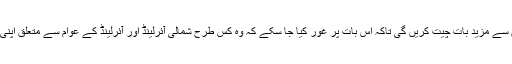
دارالعوام سے خطاب کرتے ہوئے تھریسا مے کا کہنا تھا کہ وہ اس ہفتے اپنے ساتھیوں سے مزید بات چیت کریں گی تاکہ اس بات پر غور کیا جا سکے کہ وہ کس طرح شمالی آئرلینڈ اور آئرلینڈ کے عوام سے متعلق اپنی ذمہ داریوں کو پورا کریں، جس کی ایوان میں بھی بھرپور حمایت حاصل کی جا سکے۔